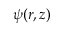
\psi ( r , z )